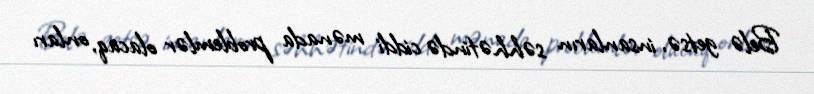
Belə getsə, insanların səhhətində ciddi mənada problemlər olacaq, onları